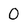
Character: O